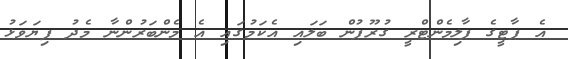
އެ ޕާޓީގެ ޕާލިމެންޓްރީ ގުރޫޕުން ބަލައި އެކަމުގައި އެ މެންބަރުންނާ މެދު ފިޔަވަޅު